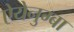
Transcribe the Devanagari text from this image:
ऐयेनुग्बा